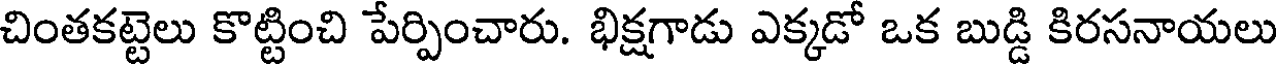
చింతకట్టెలు కొట్టించి పేర్పించారు. భిక్షగాడు ఎక్కడో ఒక బుడ్డి కిరసనాయలు